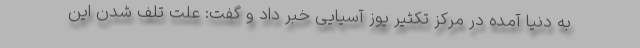
به دنیا آمده در مرکز تکثیر یوز آسیایی خبر داد و گفت: علت تلف شدن این